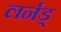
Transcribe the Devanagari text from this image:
लर्नड्